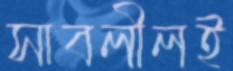
সাবলীলই